Plague in India, 1896, 1897 - Volume 1
Year: 1896
Disease focus: Plague
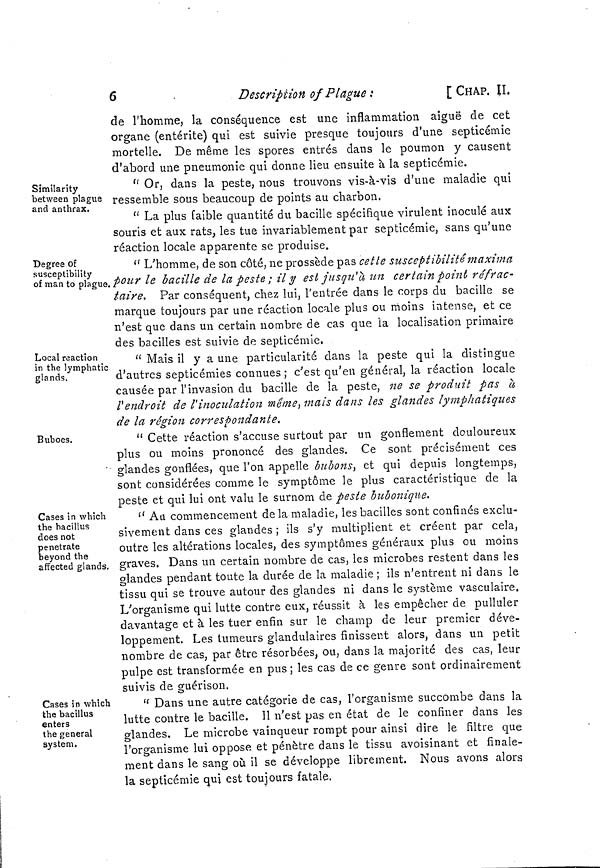
6
Description of Plague :
[ CHAP. II.
de l'homme, la conséquence est une inflammation aiguë de cet
organe (entérite) qui est suivie presque toujours d'une septicémie
mortelle. De même les spores entrés dans le poumon y causent
d'abord une pneumonie qui donne lieu ensuite à la septicémie.
Similarity
between plague
and anthrax.
" Or, dans la peste, nous trouvons vis-à-vis d'une maladie qui
ressemble sous beaucoup de points au charbon.
" La plus faible quantité du bacille spécifique virulent inoculé aux
souris et aux rats, les tue invariablement par septicémie, sans qu'une
réaction locale apparente se produise.
Degree of
susceptibility
of man to plague.
" L'homme, de son côté, ne prossède pas cette susceptibilité maxima
pour le bacille de la peste ; il y est jusqu'à, un certain point réfrac-
taire. Par conséquent, chez lui, l'entrée dans le corps du bacille se
marque toujours par une réaction locale plus ou moins intense, et ce
n'est que dans un certain nombre de cas que la localisation primaire
des bacilles est suivie de septicémie.
Local reaction
in the lymphatic
glands.
" Mais il y a une particularité dans la peste qui la distingue
d'autres septicémies connues; c'est qu'en général, la réaction locale
causée par l'invasion du bacille de la peste, ne se produit pas à
l'endroit de l'inoculation même, mais dans les glandes lymphatiques
de la région correspondante.
Buboes.
" Cette réaction s'accuse surtout par un gonflement douloureux
plus ou moins prononcé des glandes. Ce sont précisément ces
glandes gonflées, que l'on appelle bubons, et qui depuis longtemps,
sont considérées comme le symptôme le plus caractéristique de la
peste et qui lui ont valu le surnom de peste bubonique.
Cases in which
the bacillus
does not
penetrate
beyond the
affected glands.
" Au commencement de la maladie, les bacilles sont confinés exclu-
sivement dans ces glandes ; ils s'y multiplient et créent par cela,
outre les altérations locales, des symptômes généraux plus ou moins
graves. Dans un certain nombre de cas, les microbes restent dans les
glandes pendant toute la durée de la maladie; ils n'entrent ni dans le
tissu qui se trouve autour des glandes ni dans le système vasculaire.
L'organisme qui lutte contre eux, réussit à les empêcher de pulluler
davantage et à les tuer enfin sur le champ de leur premier déve-
loppement. Les tumeurs glandulaires finissent alors, dans un petit
nombre de cas, par être résorbées, ou, dans la majorité des cas, leur
pulpe est transformée en pus ; les cas de ce genre sont ordinairement
suivis de guérison.
Cases in which
the bacillus
enters
the general
system.
" Dans une autre catégorie de cas, l'organisme succombe dans la
lutte contre le bacille. 11 n'est pas en état de le confiner dans les
glandes. Le microbe vainqueur rompt pour ainsi dire le filtre que
l'organisme lui oppose et pénètre dans le tissu avoisinant et finale-
ment dans le sang où il se développe librement. Nous avons alors
la septicémie qui est toujours fatale.